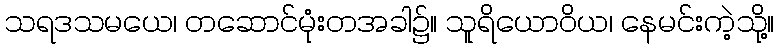
သရဒသမယေ၊ တဆောင်မုံးတအခါ၌။ သူရိယောဝိယ၊ နေမင်းကဲ့သို့။